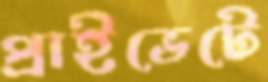
প্রাইভেটে